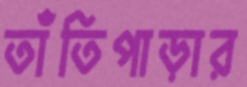
তাঁতিপাড়ার